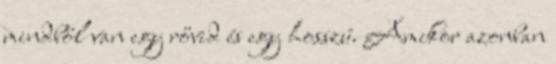
mindből van egy rővid és egy hosszú. Amikor azonban